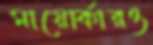
মায়োর্কারও